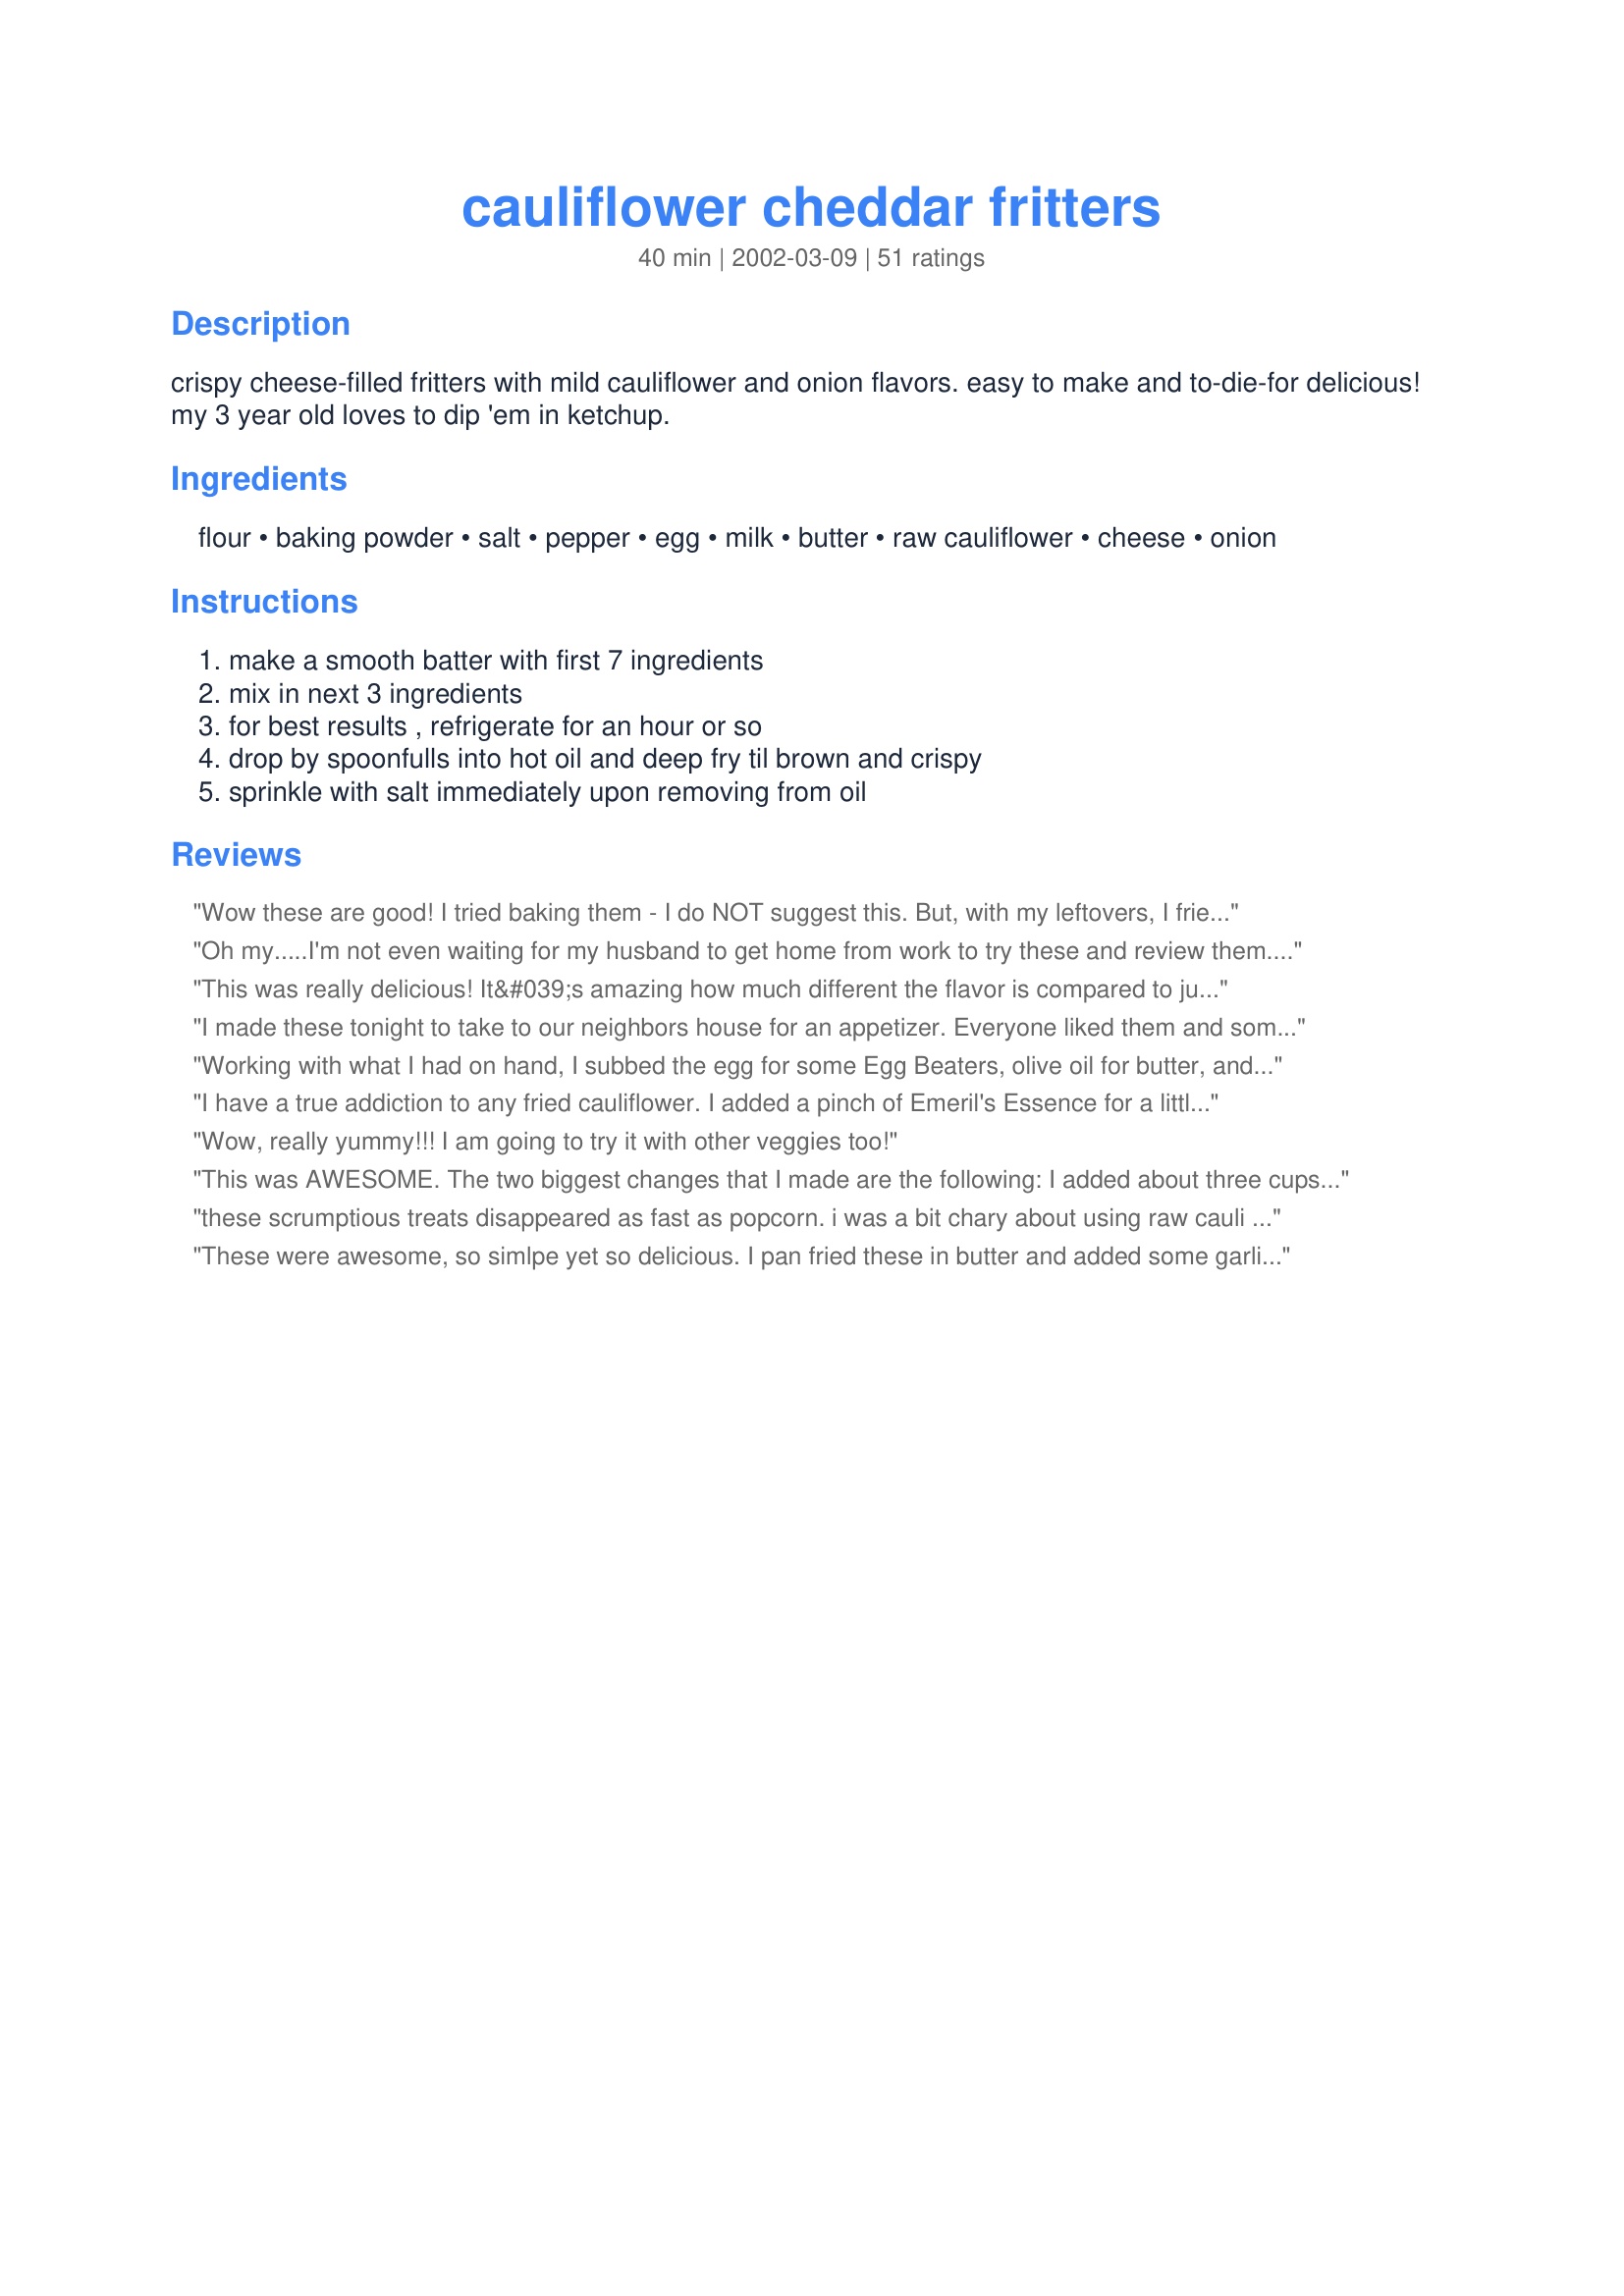
cauliflower cheddar fritters
Preparation time: 40 minutes

crispy cheese-filled fritters with mild cauliflower and onion flavors. easy to make and to-die-for delicious! my 3 year old loves to dip 'em in ketchup.

Ingredients:
flour, baking powder, salt, pepper, egg, milk, butter, raw cauliflower, cheese, onion

Steps:
make a smooth batter with first 7 ingredients, mix in next 3 ingredients, for best results , refrigerate for an hour or so, drop by spoonfulls into hot oil and deep fry til brown and crispy, sprinkle with salt immediately upon removing from oil

Reviews:
Wow these are good! I tried baking them - I do NOT suggest this. But, with my leftovers, I fried them up and the flavor improved so much! I think these would be very good with crumbled bits of bacon in them, and I might carmalize the onions in advance next time. Thanks for posting, I have been searching for a recipe like this for a long time!
Oh my.....I'm not even waiting for my husband to get home from work to try these and review them. These are the best. So tasty. I didn't even refrigerate them for the hour, though I did use a bit more than 1 cup of cauliflower, so maybe that thickened it up a bit. Try dipping these little treasures in some ranch. A keeper recipe.
This was really delicious! It&#039;s amazing how much different the flavor is compared to just a hamburger patty. They stayed moist, very flavorful. This is a keeper!
I made these tonight to take to our neighbors house for an appetizer. Everyone liked them and some asked for the recipe. I served them with ranch dressing. Will definitely be making these again. Thank you for posting. (Made for &quot;Name That Ingredient&quot; tag)
Working with what I had on hand, I subbed the egg for some Egg Beaters, olive oil for butter, and threw in some sage, thyme, and mustard powder with a dash of cayenne for kick since most of the reviewers recommended some spices. Some Recipe #403803 would also give it a great flavor as it matches beautifully with cauliflower. I used sharp cheddar cheese. So delish!
I have a true addiction to any fried cauliflower. I added a pinch of Emeril's Essence for a little extra "Bamm"! Other than that...Outstanding!!! Thnx..glitter
Wow, really yummy!!! I am going to try it with other veggies too!
This was AWESOME. The two biggest changes that I made are the following: I added about three cups of cauliflower, because I had a huge head of it, and I scooped the batter right into breadcrumbs and pressed the crumbs into the fritter while shaping them. I fried them, and YOWZA! Yummmmmy! Best fresh out of the pan, it was still nice and crunchy an hour later. Thank youf ro such a great recipe!
these scrumptious treats disappeared as fast as popcorn. i was a bit chary about using raw cauli but it turned out perfectly crisp outside and tender inside. i went with some of the reviewers and added a fair liberal amount of cayenne pepper. after the first batch i also added some cumin and coriander powder to the mix as well, and it gave it a very nice zesty taste. we had this with ranch dip recipe #102243.
These were awesome, so simlpe yet so delicious. I pan fried these in butter and added some garlic. Thank you for your recipe. I will defintely make it again
I made these for a theme party this weekend for my friends. I was a little leary that they would have too strong of a cauliflower taste but they were awesome! They cooked up so well and were so easy to make using my food processor (I made the batter in it first and then added coarsely chopped onions, cauliflower and remaining ingredients). Everybody kept asking what was in them and were surprised when I said cauliflower. They were the first things to go of all the snacks we had. I wish I had more cauliflower in the fridge so I could make another batch right now!
These were good. I was surprised at how well the onion and cauliflower cooked, I had cut it quite small to make sure it did. I think next time I will add some salt to the batter and a little more flour as mine were a bit free flowing even though I chilled the batter.
How do you not create a hit with deep-fried veggie fritters! I got carrots and cauliflower into my daughter! I found the original recipe a tad on the bland side so I added more salt, chili powder and grated romano cheese. I also managed to sneak in some pureed carrots (daughter won&#039;t eat them unless hidden). I think next time I will add additional onions too as they come out so sweet and yummy! I fried them in a pan and also deep fried them at 320 degrees. I prefer the deep fried taste much better!
So light , delicious and crispy... Very easy to make and fry ... I put half the amount of cheddar cheese.
Tasty, delicious, and as suggested you could make a meal of them. I will also be trying this out with other vegetables.
These were pretty good. There was something about the flavor that I wasn't 100% satisfied with, but I'm not sure what it was. I would definitely try these again, maybe with a different vegetable. One warning--I made the first batch too large and they didn't cook all the way through.
First time making fritters of any kind and these were great:) I like cauliflower in any preparation so I had a feeling I'd enjoy these. I think a dash or two of Tabasco would be good in these as well but I liked them as is and I also tried them dipped in HVRanch (homemade not bottled) dip. I wasn't quite sure how small to chop the cauliflower but ended up with pieces the size of peas and they worked out great. 
Thanks for such a cool recipe!
I am not giving stars at this point because it was my first time making fritters and I did not like the outcome. They were way too greasy. I think I will try them again but bake them. The inside was really good but they were loaded with grease.
These turned out great. I didn't use the onion or cheese because I just wasn't sure about it and my hubby can't handle onion in the evening. We both enjoyed them very much and I will def. try the onion and cheese next time. Thanks for posting.
Mine were good but greasy. It made alot more than I expected, I got 18 out of it. I will try again but I will try the baking.
These were a huge hit. I had leftover fried onions from a previous recipe, so used 1/2 cup of them instead of raw onion. I fried half of the batter the first day and fried the other half the second day. The second day turned out just as delicious. Leftovers reheated beautifully on the third day @ 425 degrees for 15 minutes in the oven. This would be a good make ahead appetizer recipe and then just reheat when guests arrive.
Delicious while oozing melted cheese. The cauliflower flavor is there, but I think one could safely increase add more cauliflower or spices into the batter. The batter was very thick and held together well. I used a spoon to dip and a small spatula to scrape it into the oil. Thank you for sharing a keeper!
A definate keeper, I made these with frozen cauliflower and reduced the milk quanitities by half. Added lemon pepper and used a small scoop to make sure they were an even size. Delicious served with a sweet chilli ketchup. Even the kids liked them! Photos to follow
Delicious, and easy. Try them with ranch dressing. I cooked them in a T-Fal deep fryer at 350 degrees.
Very, Very Good! I doubled up the batch but regretted it as the kids formed a coup and refused to eat it. (The older one found a piece of cauliflower sticking out and turned up his nose. The younger follows the older one and well...that's all she wrote.) Mind you they didn't even take a bite so I will ignore them and add them to my menu. The carnivore in my house loved it as do I. I will freeze the extra batter and hopefully it will be good when I fry up the remaining batch. Yum!
These fritters were so good! My husband and I ate them up in a hurry. I can't wait to make them again and soon. Thanks for sharing a great recipe!!
Really good...especially with Thousand Island dressing! Try it. Left out half the cheese but will definitely use the full amount next time. Also, will try a different oil too...used Canola. It is still a keeper!
Next time I will use more cauliflower. My only complain is that they were too doughy. But I will make them again, and thank you for posting!
What a fantastic idea! These were fabulous! I added a generous dash of cayenne and some chives for color. I strongly suggest Sharp Cheddar, although I think I will add more of cheese the next time I make these. They fried up beautifully and were fantastic with garlic ranch dressing for dipping. Everyone wanted more and the recipe! A hit every way you look at it!
I agree with everything she said. They are easy and to die for. One of my guests said that I had made too much food and she could have made a meal off of these. They were light and tender. Great recipe, I will make these again, and again.
Oh my! If I could give more stars I would! I followed the recipe exactly except for I did not put any onions in it, added a couple/five splashes of hot sauce to batter, and did not refrigerate for an hour prior to fying. However, I had leftover batter, which i refrigerated, and just made the Cauliflower cheddar fritters for lunch a few hours ago. They were equally as delicious today as they were last night. So I don't know what the reason is to let rest in frig for an hour prior. I chopped my cauliflower into bite size pieces. I would not chop really fine as some people reviewed. These were soooooo good, so tonight I am going to use fresh brocoli. Can't wait!
Thanks for sharing!!
Very good....enjoyed by all....
I loved this! Always like finding recipes that are able to sneak in a bit more nutrition but still taste as yummy as the original recipe. I used my food processor to very finely chop up my cauliflower and onion. Used extra sharp cheddar, added some garlic powder and tabasco also. Let sit in fridge for may 20 minutes before cooking in my little Fry Daddy. Cooked up light and fluffy, no one in my family knew there was cauliflower in the recipe till after dinner when I told them! A keeper for us, thanks for posting.
Easy and delicious. I just stepper the salt up slightly.
These are fantastic! I doubled the recipe and my husband and I split the fritters with three of out kids. They all loved the fritters. This recipe is a keeper.&lt;br/&gt;&lt;br/&gt;Thanks for sharing.
Outstanding! And what a great way to "hide" the veggies! I fried some and baked some, just to test the difference, and they were both terrific. I think I liked the fried better, but the baked are probably healthier. I followed the advice of others and chopped the cauliflower really small, and I LOVED them!! Even shared one with a co-worker the next day at lunch I was so impressed! Thanks, SaraFish!
These were a big hit with my friends. Everyone loved them. They were very easy to make and tasted so good. I'm glad I found this recipe as I will be making it alot.
Very delicious!!! Definitely going to do again. My family loved it....
This is great and quick. Just finished them, the family loved them. Used shreddred swiss, gave fritter a rich favor, will use more spices next time, but onion gave a boost
I made a few tweaks so I submitted the adjustments in detail under under tweaks as I know some people prefer reviews to mainly focus on the original recipe without adjustments... I mean, I can't say for sure I'd give it 5 stars made as written as I personally didn't use any onion and added a few spices—smoked paprika, garlic granules, mustard powder, and ground nutmeg—however, my family loved the fritters I made using this recipe as a starting point so much that I feel I owe it to the author to give them/this recipe 5 stars! Thank-you :D I will be making my version of these many times in the future, I'm sure.
These fritters are fantastic. My husband and I make them almost daily. After a few different attempts, we found that chopping the cauliflower quite finely and also not using so much oil in the pan produced wonderful results. Thanks for this awesome recipe.
These were really tasty! I made a double batch so I could try them out several different ways. I baked them and they were delicious (12 mins at 425 as another reviewer suggested), I pan fried them and they were wonderful but very slow for me to make so they would keep their shape, so I ended up making large pancakes with them and they were still delicious and fluffy. Thanks so much for sharing the recipe!
Wow, this was surprisingly yummy! I had no onions so used dried onion flakes and added some italian herbs and garlic powder. I used 2.5 ounces of cheddar cheese (easier to measure that way) and baked them in the oven. I would definitely make these again for an easy and yummy treat.
I love veggies and this is a great creation for them. Great with ketchup. I added more milk because the batter seemed just to thick. Also next time I will add some hot spices, give it some pep!
These overshadowed the chicken sliders I made for them to go with. I did add more seasonings, as recommended. I also threw in some shredded carrots. Dipping sauce is definitely recommended. Recipe made a lot, and these were very filling. Don't know how they'll hold up for leftovers - next time I think I'll save 1/2 the batter for the next day. Thanks for posting this tasty dish!
I can not say how good these are!
I made up the batter, whizzed up everything else in my processor and let it sit in the fridge a few hours I used just a tiny bit of oil in my electric frying pan and cooked these babies up, I could honestly eat them all by myself. My very picky son loved them also, he dipped his in sour cream, I just ate mine plain. I will make these again many many times.
These tasted okay on day 1, and so I ate the leftovers on day 2 and day 3 also. But I definitely won&#039;t make them again. They were incredibly greasy. The benefit of the cauliflower is far outweighed by the enormity of artery-clogging oil that they soaked up during cooking. Daily I changed the paper towel in the dish I refrigerated them in, and yet every day the paper towel soaked up more grease from the fritters. I do NOT think this should be given to kids in lieu of plain vegetables... this was definitely not a healthy side dish.
A comment from one of my guests: "There is only one thing wrong with these things - you didn't make enough." And I had doubled the recipe already! I made the recipe exactly as posted (except for the doubling) and these came out perfectly. Next time, I will try them with sharp cheddar cheese instead of mild - just my own personal preference. I served these with ranch dip. Thanks for a keeper, SF!
Awesome recipe. Left out the onions because I forgot to add them. Fried them at about 375 I think. My mother loved them. Thanks!
AMAZING. I have to admit I had little hope for these, because I completely veganized them. I subbed Earth Balance spread for the butter, Ener-G egg replacer for the egg, rice milk for the milk, and Daiya "Cheddar Shreds" for the cheese. They were so naughty-tasting, it seriously felt like I was cheating on my vegan diet. I will absolutely be making these many more times. Thanks for an awesome recipe!
These were really yummy...however I baked them in a 425 degree oven for about 12 min and they were quite tasty (my parents are on a diet, fried foods are supposed to be out of it), but these were still great, and I felt good getting in some more veggies!!!
